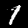
Digit: 1